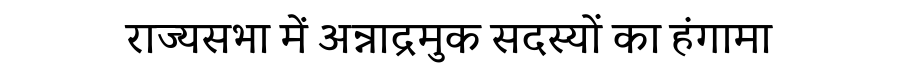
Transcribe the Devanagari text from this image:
राज्यसभा में अन्नाद्रमुक सदस्यों का हंगामा